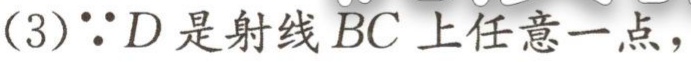
(3)$\because D$是射线$BC$上任意一点，